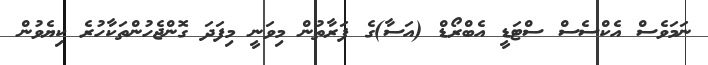
ނަމަވެސް އެކްސެސް ސްޓަޑީ އެބްރޯޑް (އަސާ)ގެ ފަރާތުން މިވަނީ މިފަދަ ގޮންޖެހުންތަކާހުރެ ކިޔެވުން